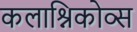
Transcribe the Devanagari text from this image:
कलाश्निकोव्स